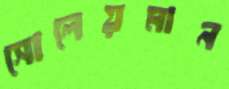
সোলেয়মান